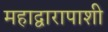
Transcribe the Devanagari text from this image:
महाद्वारापाशी